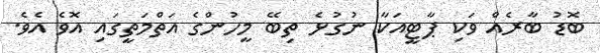
ބޮޑު ބާރެއް ވަކި ޕާޓީއަކާ ނުގުޅެ ތިބޭ މީހުންގެ އަތްމަތީގައި އޮވެ އެވެ.